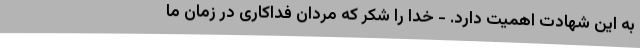
به این شهادت اهمیت دارد. ‌- خدا را شکر که مردان فداکاری در زمان ما